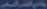
simplify